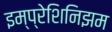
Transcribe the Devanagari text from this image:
इम्प्रेशिनिझम